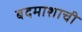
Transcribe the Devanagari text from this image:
बदमाशाची